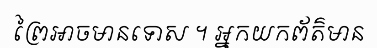
ព្រៃអាចមានទោស ។ អ្នកយកព័ត៌មាន